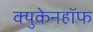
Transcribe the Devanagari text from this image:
क्युकेनहॉफ